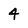
Character: 4